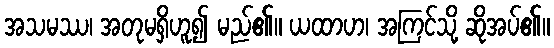
အသမဿ၊ အတုမရှိဟူ၍ မည်၏။ ယထာဟ၊ အကြင်သို့ ဆိုအပ်၏။